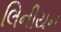
લિનીયન